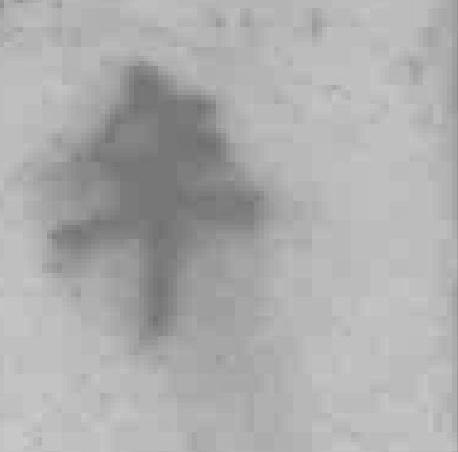
年